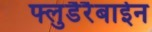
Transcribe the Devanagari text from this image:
फ्लुडैरैबाईन